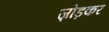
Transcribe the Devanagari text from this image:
ज़ोड़कर